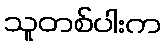
သူတစ်ပါးက